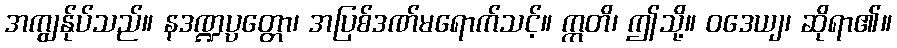
အကျွန်ုပ်သည်။ နဒဏ္ဍပ္ပတ္တော၊ အပြစ်ဒဏ်မရောက်သင့်။ ဣတိ၊ ဤသို့။ ဝဒေယျ၊ ဆိုရာ၏။